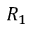
R _ { 1 }